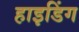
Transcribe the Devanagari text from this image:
हाइडिंग